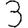
Digit: 3